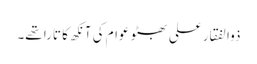
ذوالفقار علی بھٹو عوام کی آنکھ کا تارا تھے۔